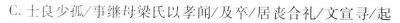
C.士良少孤/事继母梁氏以孝闻/及卒/居丧合礼/文宣寻/起